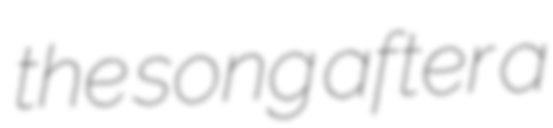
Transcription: the song after a